Annual report of the Punjab Veterinary College and of the Civil Veterinary Department, Punjab - 1926-1932
Year: 1926
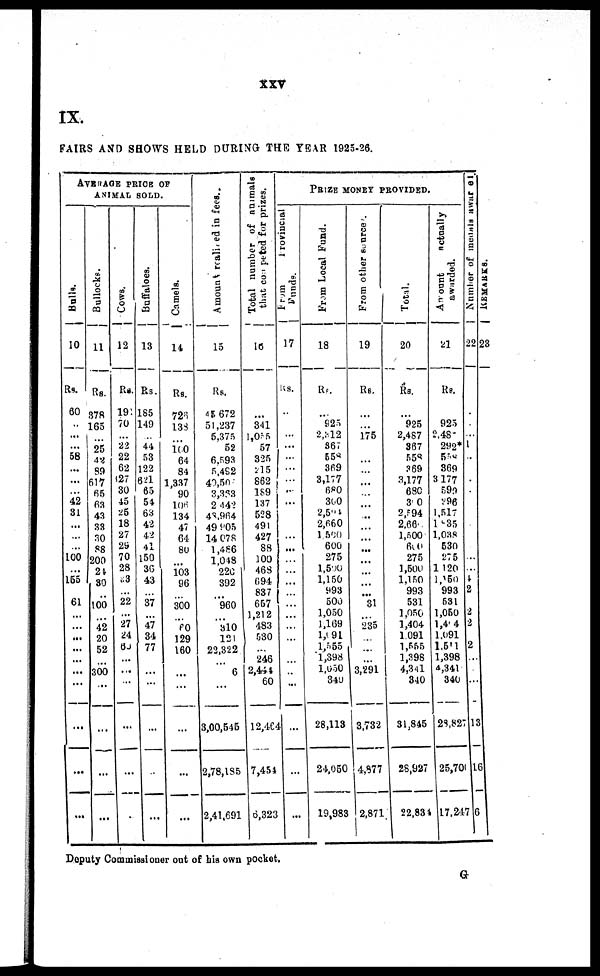
xxv
IX.
FAIRS AND SHOWS HELD DURING THE YEAR 1925-26.
AVERAGE PRICE OF
ANIMAL SOLD.
Bulls.
10
Rs.
60
...
...
...
68
...
...
...
42
31
...
...
...
100
...
165
... 61
...
...
...
...
...
...
...
...
...
...
Bullocks.
11
Rs.
878
165
...
25
42
89
617
65
63
43
33
30
88
200
24
80
...
100
...
42
20
52
...
300
...
...
...
...
Cows.
12
Rs.
191
70
...
22
22
62
627
30
45
25
18
27
29
70
28
63
... 22
...
27
24
6J
...
...
...
...
...
...
Buffaloes.
13
Rs.
185
149
...
44
53
122
621
65
54
63
42
42
41
150
36
43
...
37
...
47
34
77
...
...
...
...
...
...
Camels.
14
Rs.
726
133
...
1(0
64
84
1,337
90
106
134
47
64
80
...
103
96
...
300
...
60
129
160
...
...
...
...
...
...
Amount realited in fees.
15
Rs.
45 672
51,237
5,375
52
6,593
5,482
40,507
3,333
2,442
48,964
49,905
14,078
1,486
1,048
220
392
...
960
...
810
121
22,322
...
6
...
3,00,545
2,78,185
2,41,691
Total number of animals
that coampeted
for prizes.
10
...
341
1,055
57
325
215
862
189
137
528
491
427
88
100
468
694
837
667
1,212
483
530
...
246
2,444
60
12,464
7,454
6,323
Prize money provided.
From
Provincial
Found.
17
168.
...
...
...
...
...
...
...
...
...
...
...
...
...
...
...
...
...
...
...
...
...
...
...
...
...
...
...
From Local Fund.
18
Rs.
...
925
2,312
367
558
369
3,177
680
300
2,594
2,660
1,590
600
275
1,500
1,150
993
500
1,050
1,169
1,091
1,555
1,398
1,650
840
28,113
24,060
19,983
From other sources.
19
Rs.
...
...
175
...
...
...
...
...
...
......
...
...
...
...
...
...
...
31
...
235
...
...
...
3,291
...
3,732
4,877
2,871
Total.
20
Rs.
...
925
2,487
367
558
?69
3,177
68C
3.0
2,594
2,66
1,500
600
275
1,500
1,150
993
531
1,050
1,404
1091
1,555
1,398
4,341
340
31,845
28,927
22,831
Account
actually
awarded.
21
Rs.
...
925
2,487
292*
558
369
3,177
590
296
1,517
1935
1,088
630
275
1120
1,250
993
631
1,050
1,404
1.091
1.6'1
1,398
1,341
340
28,827
25,700
17,247
Number of medals awarded
22
...
2
2
2
2
...
...
...
13
16
6
REMARKS .
23
Deputy Commissioner out of bis own pocket.